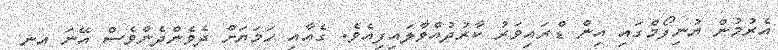
އެރުމުން ޔުނިފޯމްގައި އިން ޑްރައިވަރު ކާރުދުއްވާލައިފިއެވެ. ގެއާއި ހަމަޔަށް ދެވެންދެންވެސް އޭނަ އިނީ